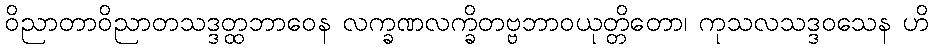
ဝိညာတာဝိညာတသဒ္ဒတ္ထဘာဝေန လက္ခဏလက္ခိတဗ္ဗဘာဝယုတ္တိတော၊ ကုသလသဒ္ဒဝသေန ဟိ